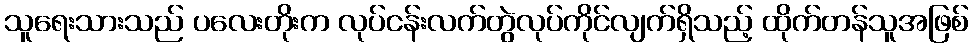
သူရေးသားသည် ပလေးတိုးက လုပ်ငန်းလက်တွဲလုပ်ကိုင်လျက်ရှိသည့် ထိုက်တန်သူအဖြစ်